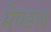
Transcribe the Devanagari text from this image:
मेण्डल